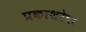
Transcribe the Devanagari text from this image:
प्रकाशरेषा